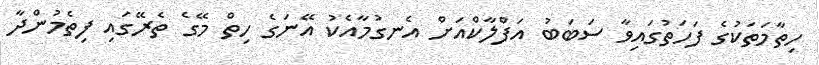
ހިތާމަތަކުގެ ފަހަތުގައިވާ ސަބަބު އަފްލާކްއަށް އެނގުމާއެކު އޭނަގެ ހިތް މޭގެ ތެރޭގައި ފިތެމުންދާ